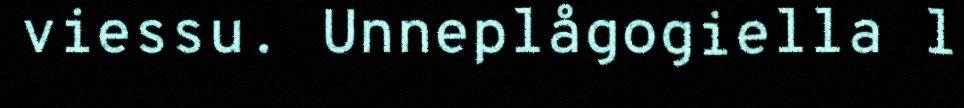
viessu. Unneplågogiella l